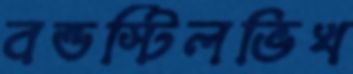
বন্ডস্টিলভিখ